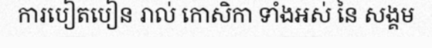
ការបៀតបៀន រាល់ កោសិកា ទាំងអស់ នៃ សង្គម